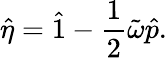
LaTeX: \hat{\eta}=\hat{1}-\frac{1}{2}\tilde{\omega}\hat{p}.